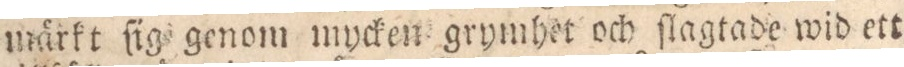
märkt ſig genom mycken grymhet och ſlagtade wid ett